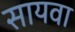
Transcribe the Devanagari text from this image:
सायवा